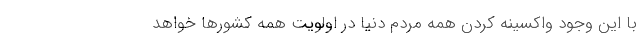
با این ‌وجود واکسینه کردن همه مردم دنیا در اولویت همه کشورها خواهد